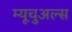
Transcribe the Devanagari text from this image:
म्यूचुअल्स